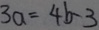
3 a = 4 b - 3